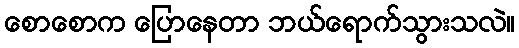
စောစောက ပြောနေတာ ဘယ်ရောက်သွားသလဲ။